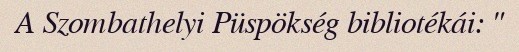
A Szombathelyi Püspökség bibliotékái: "